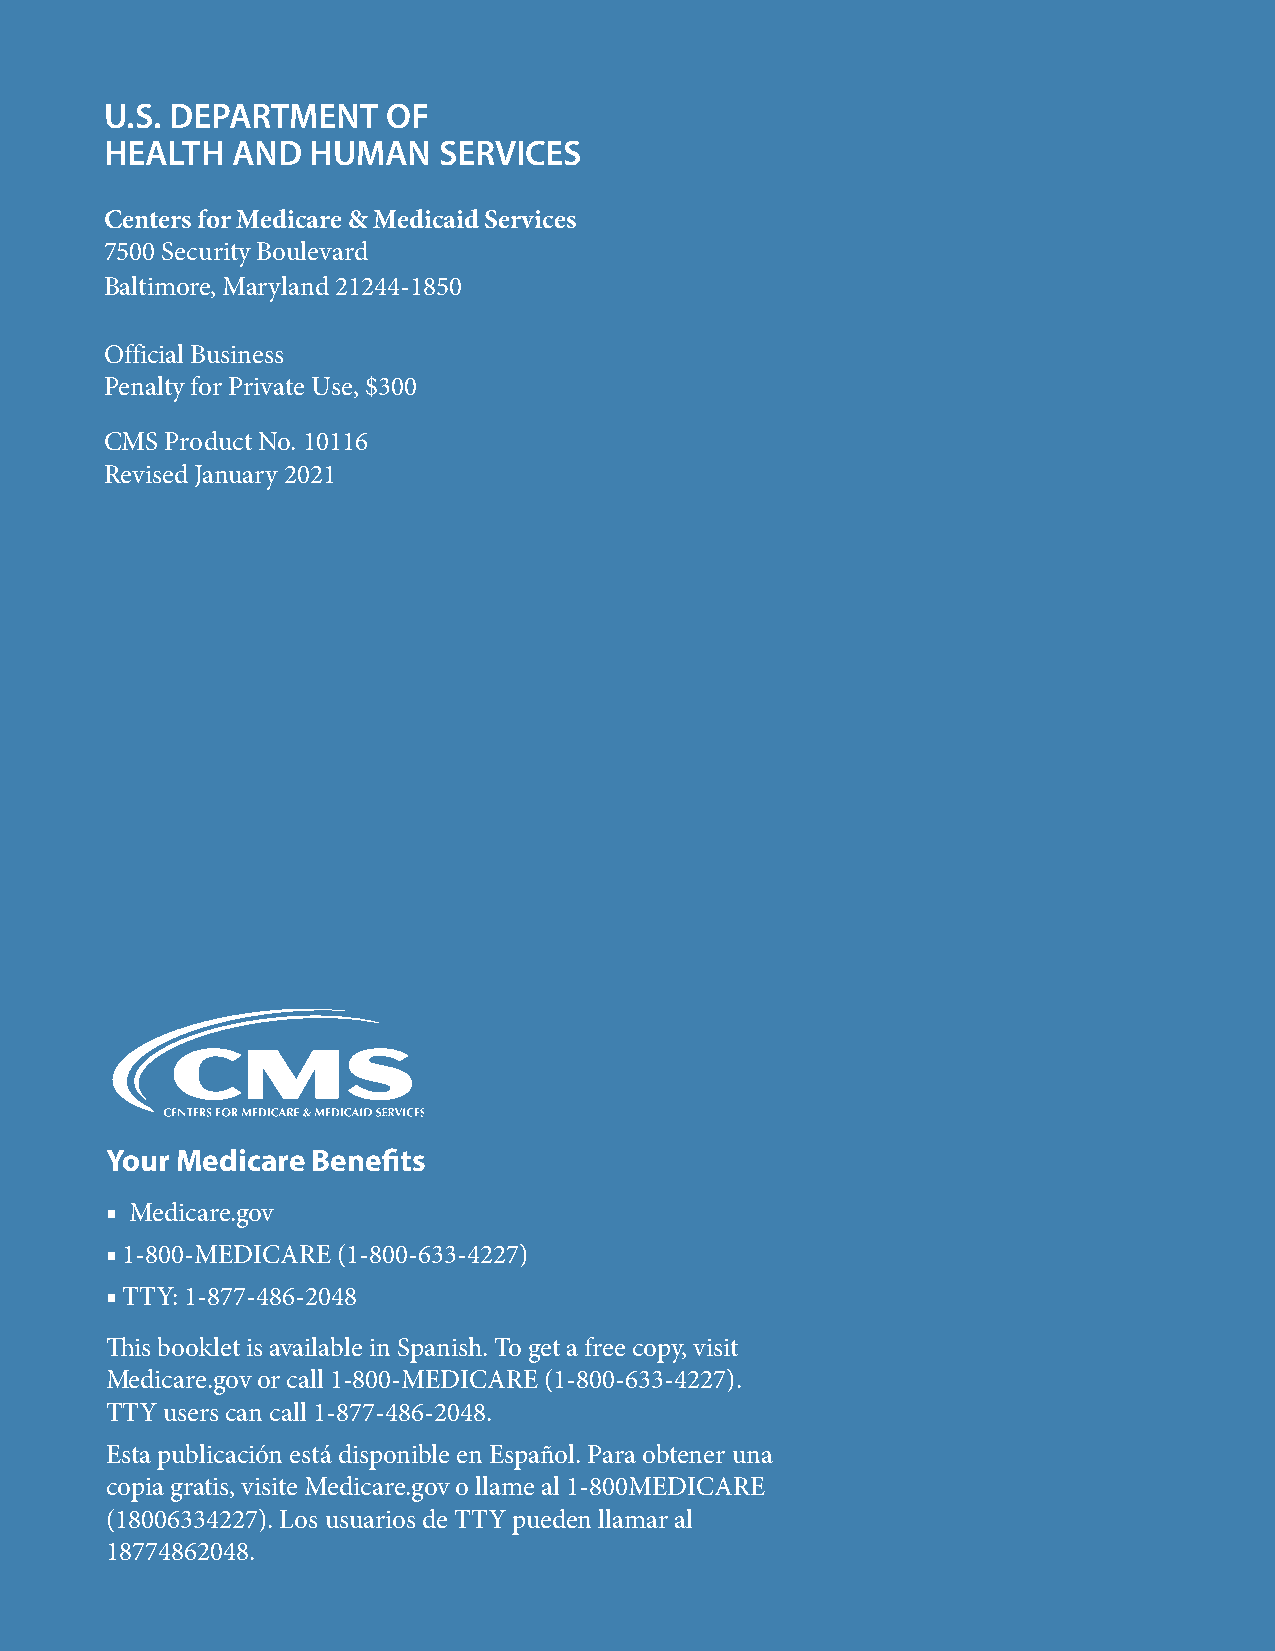
U.S. DEPARTMENT    OF
 HEALTH  AND  HUMAN    SERVICES
 Centers for Medicare & Medicaid Services
 7500 Security Boulevard
 Baltimore, Maryland 21244-1850
 Official Business
 Penalty for Private Use, $300
 CMS Product No. 10116
 Revised January 2021
 Your Medicare Benefits
 ■ Medicare.gov
 ■ 1-800-MEDICARE (1-800-633-4227)
 ■ TTY: 1-877-486-2048
 This booklet is available in Spanish. To get a free copy, visit
 Medicare.gov or call 1-800-MEDICARE (1-800-633-4227).
 TTY users can call 1-877-486-2048.
 Esta publicación está disponible en Español. Para obtener una
 copia gratis, visite Medicare.gov o llame al 1-800MEDICARE
 (18006334227). Los usuarios de TTY pueden llamar al
 18774862048.